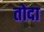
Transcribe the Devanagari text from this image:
तोदा